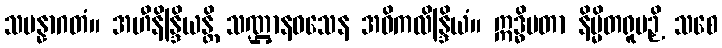
သမန္နာဂတံ။ အဟီနိန္ဒြိယန္တိ သဏ္ဌာနဝသေန အဝိကလိန္ဒြိယံ။ ဣဒ္ဓိမတာ နိမ္မိတရူပဉှိ သစေ